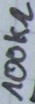
Text: 100kΩ